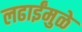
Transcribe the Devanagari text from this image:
लढाईंमुळे